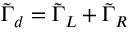
\tilde { \Gamma } _ { d } = \tilde { \Gamma } _ { L } + \tilde { \Gamma } _ { R }